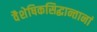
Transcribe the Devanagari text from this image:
वैशेषिकसिद्धान्तानां